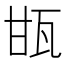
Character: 㽍